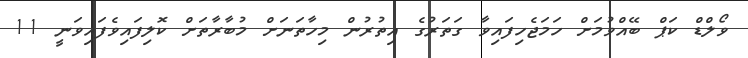
ވޯލްޑް ކަޕް ބޭއްވުމަށް ހަމަޖެހިފައިވާ ގަތަރުގެ އިތުރުން މިހާތަނަށް މުބާރާތަށް ކޮލިފައިވެފައިވަނީ 11